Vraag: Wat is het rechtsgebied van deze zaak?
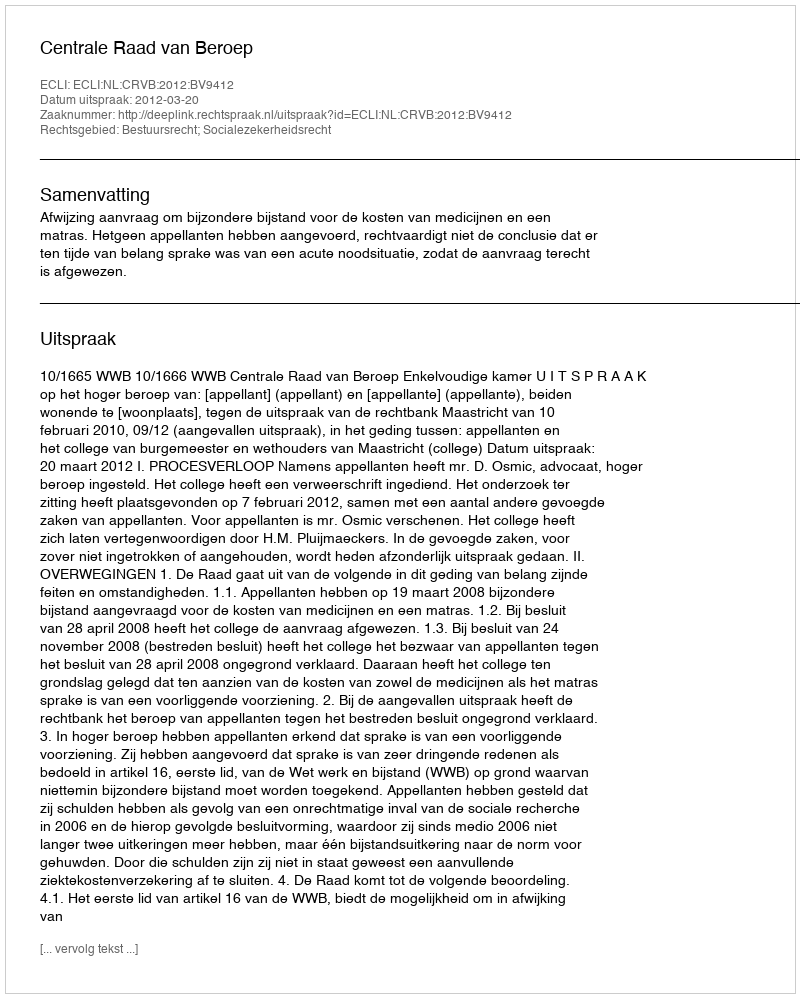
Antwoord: Bestuursrecht; Socialezekerheidsrecht